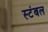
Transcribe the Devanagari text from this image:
स्टंबल